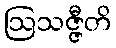
ဩသဇ္ဇီတိ